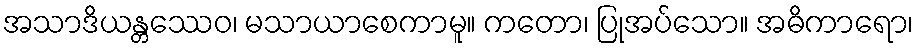
အသာဒိယန္တဿေဝ၊ မသာယာစေကာမူ။ ကတော၊ ပြုအပ်သော။ အဓိကာရော၊